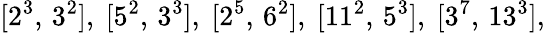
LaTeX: [2^{3},\, 3^{2}],\ [5^{2},\, 3^{3}],\ [2^{5},\, 6^{2}],\ [11^{2},\, 5^{3}],\ [3^{7},\, 13^{3}],